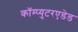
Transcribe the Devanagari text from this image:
कॉम्प्युटरएडेड